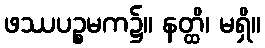
ဖဿပဉ္စမက၌။ နတ္ထိ၊ မရှိ။